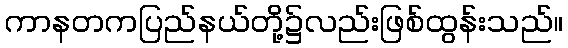
ကာနတကပြည်နယ်တို့၌လည်းဖြစ်ထွန်းသည်။